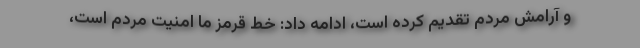
و آرامش مردم تقدیم کرده است، ادامه داد: خط قرمز ما امنیت مردم است،